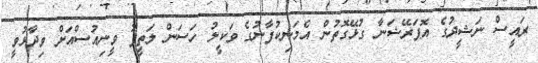
ރައީސް ނަޝީދުގެ އޮޕަރޭޝަނާ ގުޅޭގޮތުން އެމަނިކުފާނުގެ ވަކީލު ހަސަން ލަތީފު ވީނިއުސްއަށް ވިދާޅުވީ